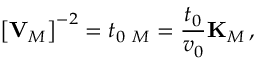
\left[ { \bf V } _ { M } \right] ^ { - 2 } = t _ { 0 } { \bf \Gamma } _ { M } = \frac { t _ { 0 } } { v _ { 0 } } { \bf K } _ { M } \, ,